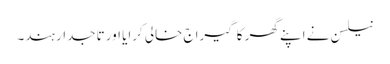
نیلسن نے اپنے گھر کا گیراج خالی کرایا اور تاجدار ہند۔